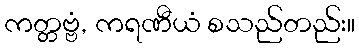
ကတ္တဗ္ဗံ, ကရဏီယံ စသည်တည်း။